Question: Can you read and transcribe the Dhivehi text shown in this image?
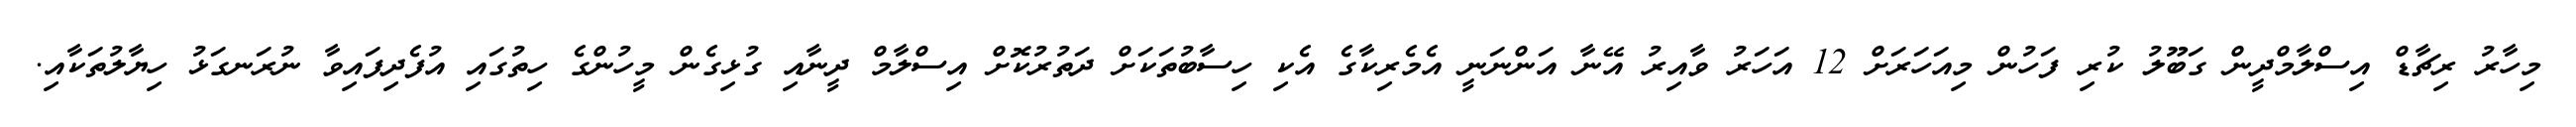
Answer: މިހާރު ރިޗާޑް އިސްލާމްދީން ގަބޫލު ކުރި ފަހުން މިއަހަރަށް 12 އަހަރު ވާއިރު އޭނާ އަންނަނީ އެމެރިކާގެ އެކި ހިސާބުތަކަށް ދަތުރުކޮށް އިސްލާމް ދީނާއި ގުޅިގެން މީހުންގެ ހިތުގައި އުފެދިފައިވާ ނުރަނގަޅު ހިޔާލުތަކާއި.